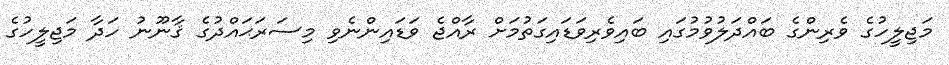
މަޖިލީހުގެ ވެރިންގެ ބައްދަލުވުމުގައި ބައިވެރިވަޑައިގަތުމަށް ރާއްޖެ ވަޑައިންނެވި މިސަރަޙައްދުގެ ޤާނޫނު ހަދާ މަޖިލީހުގެ